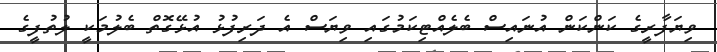
ވިޔަފާރީގެ ކަންކަން އުނައިސް ބެލެއްޓިކަމުގައި ވިޔަސް އެ ދަރިފުޅު އުޅޭގޮތް ބެލުމަކީ ލުތުފީގެ